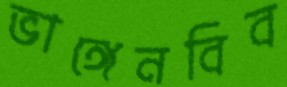
ভাঙ্গেনবিব